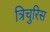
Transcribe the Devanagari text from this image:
त्रिचुरिस